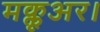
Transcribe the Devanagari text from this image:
मक्लूअर।